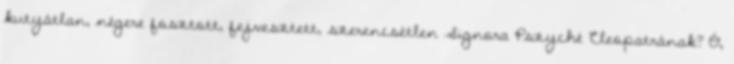
kutyátlan, négere fosztott, fejvesztett, szerencsétlen Signora Pszyché Cleopatrának? Ó,